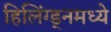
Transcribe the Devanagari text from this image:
हिलिंग्ड्नमध्ये